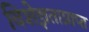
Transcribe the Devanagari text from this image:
विशेज्ञताप्राप्त